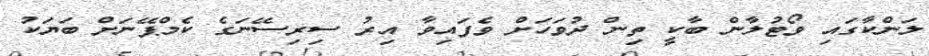
ލަންކާގައި ވޯޓުލާން ބާކީ ތިން ދުވަހަށް ވެފައިވާ އިރު ސިރިސޭނަގެ ކެމްޕޭނަށް ބަޔަކު